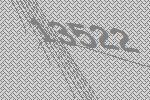
13522